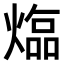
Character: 𤍸